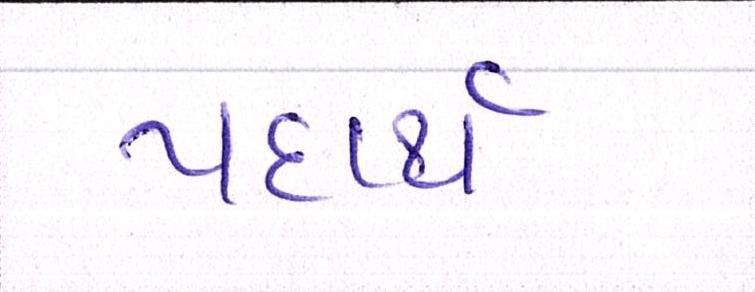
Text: પદાર્થ